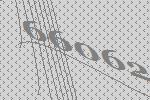
66062